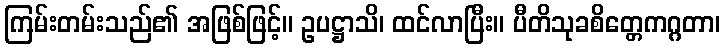
ကြမ်းတမ်းသည်၏ အဖြစ်ဖြင့်။ ဥပဋ္ဌာသိ၊ ထင်လာပြီး။ ပီတိသုခစိတ္တေကဂ္ဂတာ၊